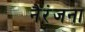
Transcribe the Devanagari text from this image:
नैरंजना